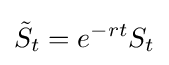
{\tilde {S}}_{t}=e^{-rt}S_{t}